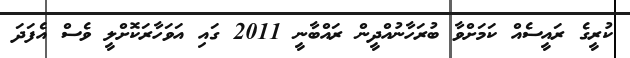
ކުރީގެ ރައީސެއް ކަމަށްވާ ބުރަހާނުއްދީން ރައްބާނީ 2011 ގައި އަވަހާރަކޮށްލީ ވެސް އެފަދަ